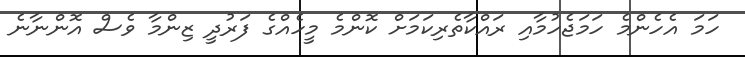
ހަމަ އެހެންމެ ހަމަޖެހުމާއި ރައްކާތެރިކަމަށް ކޮންމެ މީހެއްގެ ފަރުދީ ޒިންމާ ވެސް އޮންނާނެ